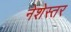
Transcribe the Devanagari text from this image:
नेशेस्तर